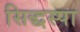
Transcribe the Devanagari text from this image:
सिद्धस्पा